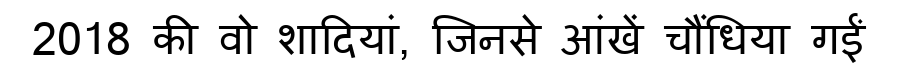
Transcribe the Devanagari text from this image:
2018 की वो शादियां, जिनसे आंखें चौंधिया गईं